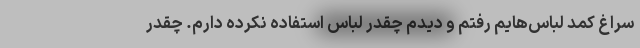
سراغ کمد لباس‌هایم رفتم و دیدم چقدر لباس استفاده نکرده دارم. چقدر